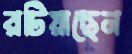
রটিয়াছেন